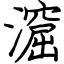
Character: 㵠